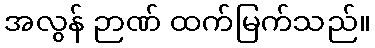
အလွန် ဉာဏ် ထက်မြက်သည်။